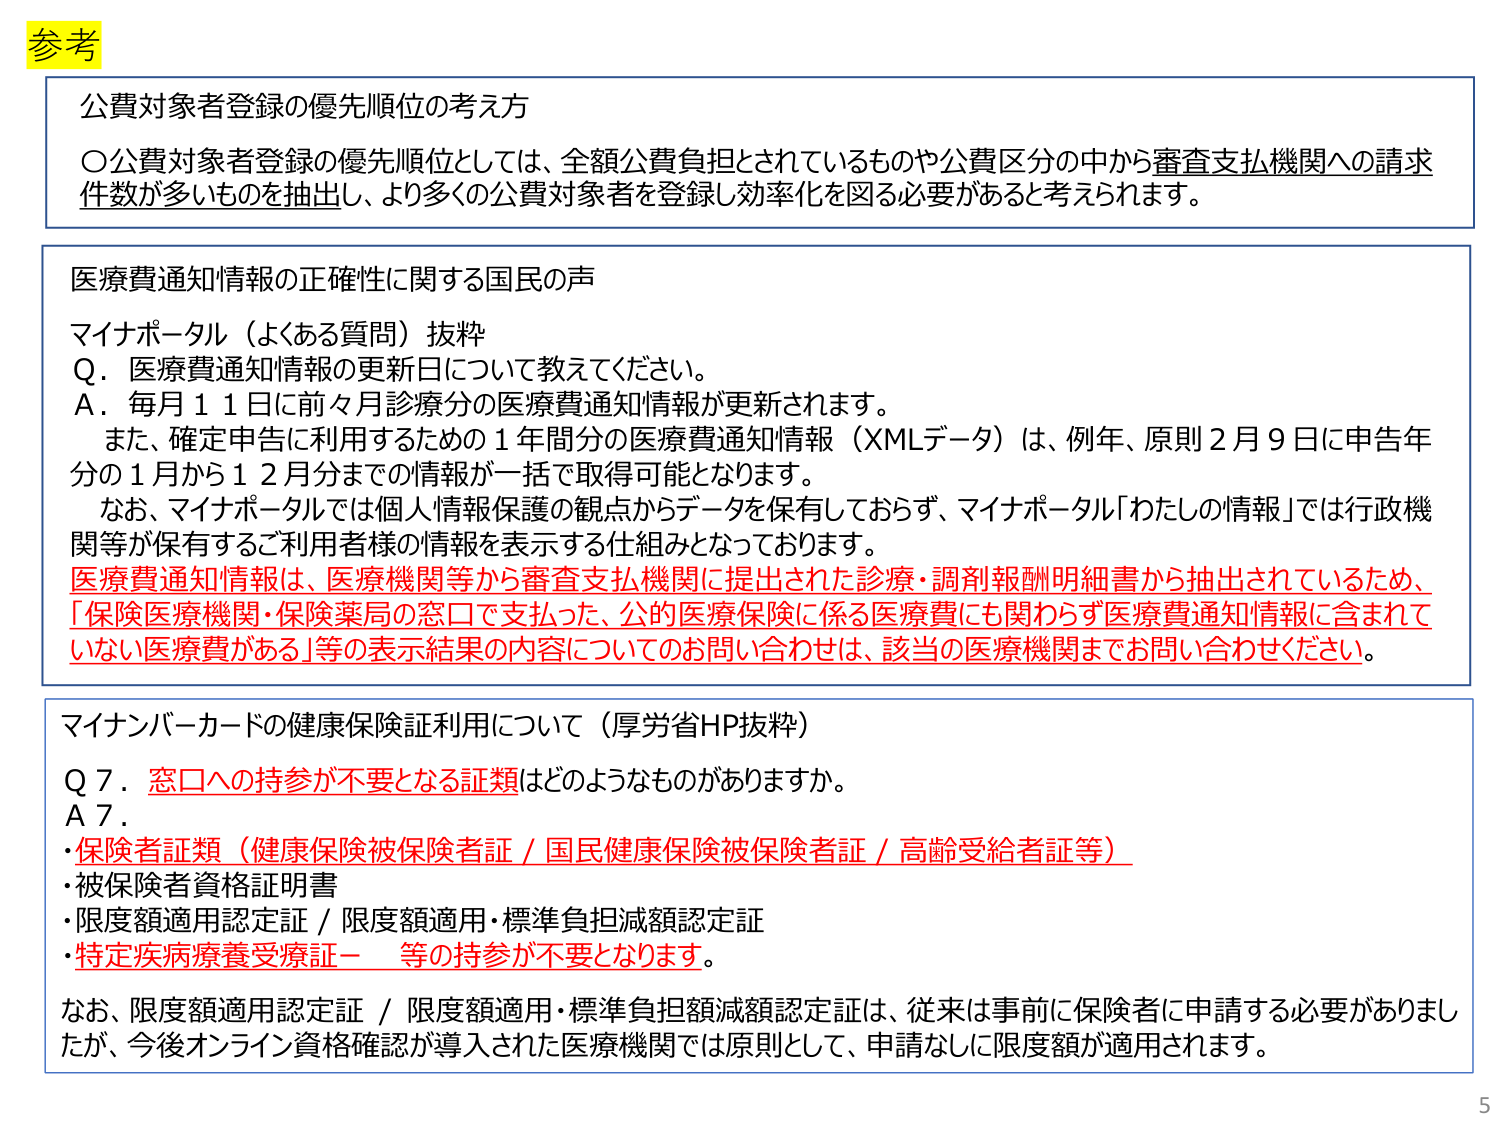
参考

公費対象者登録の優先順位の考え方
〇公費対象者登録の優先順位としては、全額公費負担とされているものや公費区分の中から審査支払機関への請求件数が多いものを抽出し、より多くの公費対象者を登録し効率化を図る必要があると考えられます。

医療費通知情報の正確性に関する国民の声
マイナポータル（よくある質問）抜粋
Q．医療費通知情報の更新日について教えてください。
A．毎月11日に前々月診療分の医療費通知情報が更新されます。
　また、確定申告に利用するための1年間分の医療費通知情報（XMLデータ）は、例年、原則2月9日に申告年分の1月から12月分までの情報が一括で取得可能となります。
　なお、マイナポータルでは個人情報保護の観点からデータを保有しておらず、マイナポータル「わたしの情報」では行政機関等が保有するご利用者様の情報を表示する仕組みとなっております。
医療費通知情報は、医療機関等から審査支払機関に提出された診療・調剤報酬明細書から抽出されているため、「保険医療機関・保険薬局の窓口で支払った、公的医療保険に係る医療費にも関わらず医療費通知情報に含まれていない医療費がある」等の表示結果の内容についてのお問い合わせは、該当の医療機関までお問い合わせください。

マイナンバーカードの健康保険証利用について（厚労省HP抜粋）
Q 7．窓口への持参が不要となる証類はどのようなものがありますか。
A 7．
・保険者証類（健康保険被保険者証／国民健康保険被保険者証／高齢受給者証等）
・被保険者資格証明書
・限度額適用認定証／限度額適用・標準負担減額認定証
・特定疾病療養受療証－　等の持参が不要となります。
なお、限度額適用認定証／限度額適用・標準負担減額認定証は、従来は事前に保険者に申請する必要がありましたが、今後オンライン資格確認が導入された医療機関では原則として、申請なしに限度額が適用されます。

5